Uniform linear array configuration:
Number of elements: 4
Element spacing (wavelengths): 0.25
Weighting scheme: kaiser
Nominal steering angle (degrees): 15
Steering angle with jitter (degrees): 16.397
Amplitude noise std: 0.05
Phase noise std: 0.05

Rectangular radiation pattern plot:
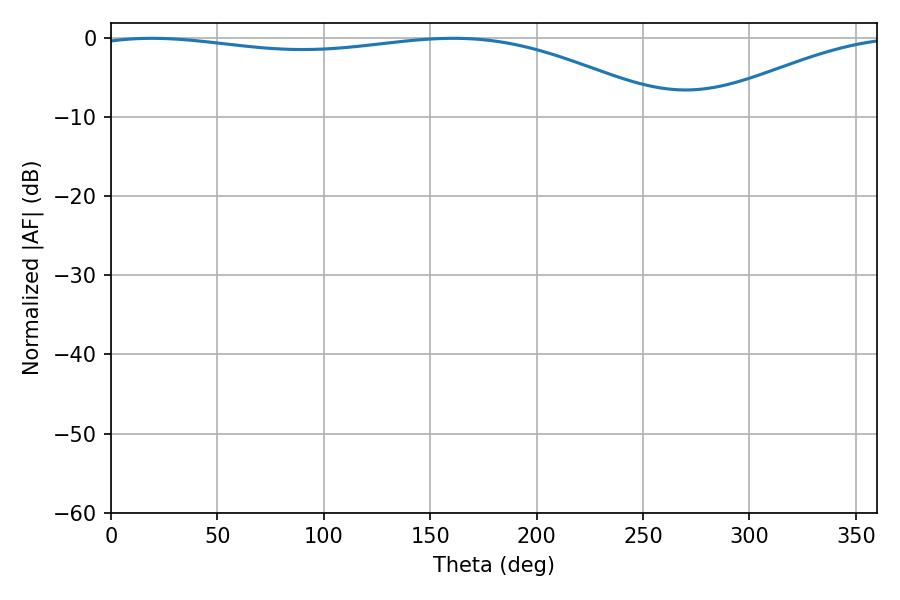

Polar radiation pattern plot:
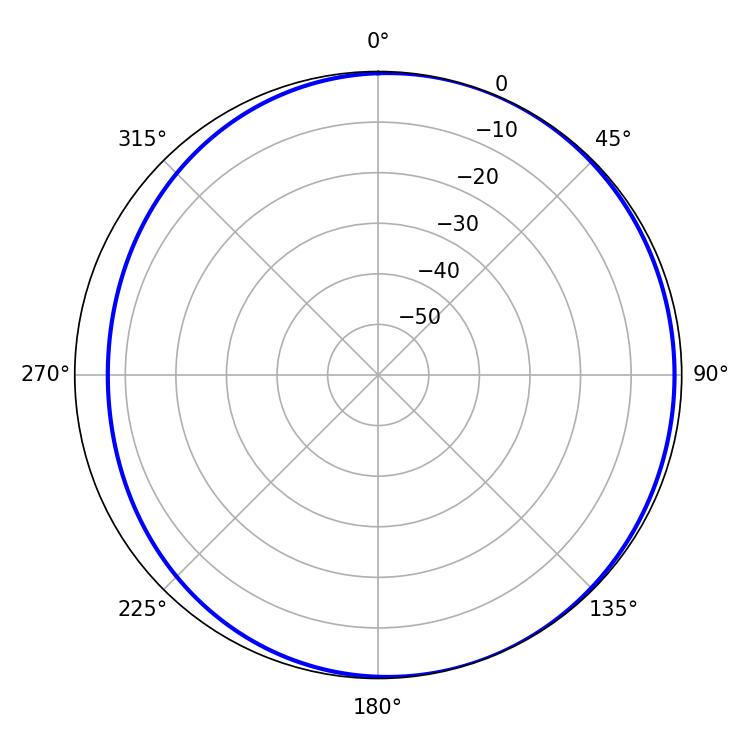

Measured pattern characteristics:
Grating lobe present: FALSE
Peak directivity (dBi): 3.396
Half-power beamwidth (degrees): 218.34
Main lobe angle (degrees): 19.26